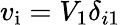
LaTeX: v_{\mathrm{i}}=V_{1}\delta_{i1}